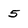
Character: 5